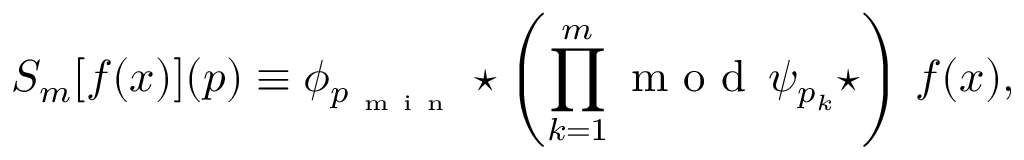
S _ { m } [ f ( x ) ] ( p ) \equiv \phi _ { p _ { \mathrm { ~ m ~ i ~ n ~ } } } \star \left( \prod _ { k = 1 } ^ { m } { \mathrm { ~ m ~ o ~ d ~ } \, \psi _ { p _ { k } } \star } \right) \, f ( x ) ,